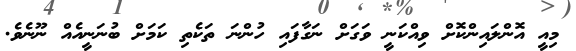
މިއީ އޮންލައިންކޮށް ވިއްކަނީ ވަގަށް ނަގާފައި ހުންނަ ތަކެތި ކަމަށް ބުނަނީއެއް ނޫނެވެ.